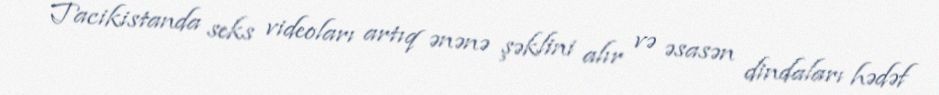
Tacikistanda seks videoları artıq ənənə şəklini alır və əsasən dindaları hədəf